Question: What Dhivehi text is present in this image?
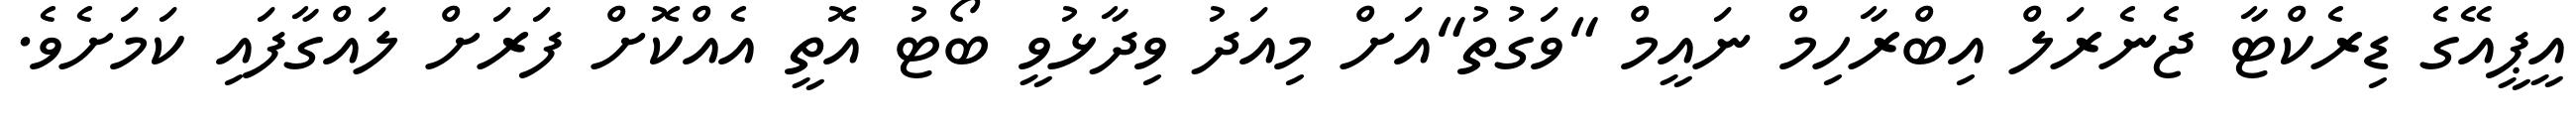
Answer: އީޕީއޭގެ ޑިރެކްޓާ ޖެނެރަލް އިބްރާހިމް ނައީމް "ވަގުތު"އަށް މިއަދު ވިދާޅުވީ ބޯޓު އޮތީ އެއްކޮށް ފަރަށް ލައްގާފައި ކަމަށެވެ.